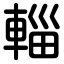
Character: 輜